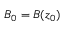
B _ { 0 } = B ( z _ { 0 } )